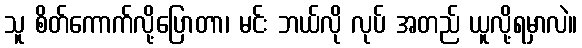
သူ စိတ်ကောက်လို့ပြောတာ၊ မင်း ဘယ်လို လုပ် အတည် ယူလို့ရမှာလဲ။